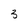
Character: 3